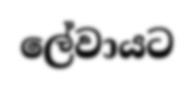
ලේවායට